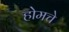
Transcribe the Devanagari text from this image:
होमचे